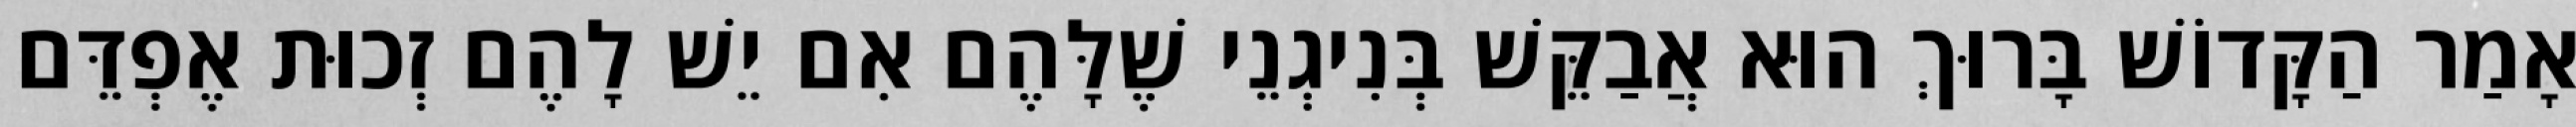
אָמַר הַקָּדוֹשׁ בָּרוּךְ הוּא אֲבַקֵּשׁ בְּנִיגְנֵי שֶׁלָּהֶם אִם יֵשׁ לָהֶם זְכוּת אֶפְדֵּם